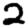
Digit: 2